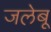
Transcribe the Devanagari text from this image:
जलेबू